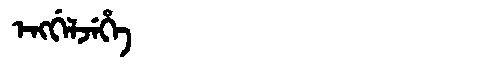
Manchu: ᡝᠩᡤᡝᠯᠵᡝᡥᡝ
Romanization: ENGGELJEHE